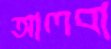
আলবা